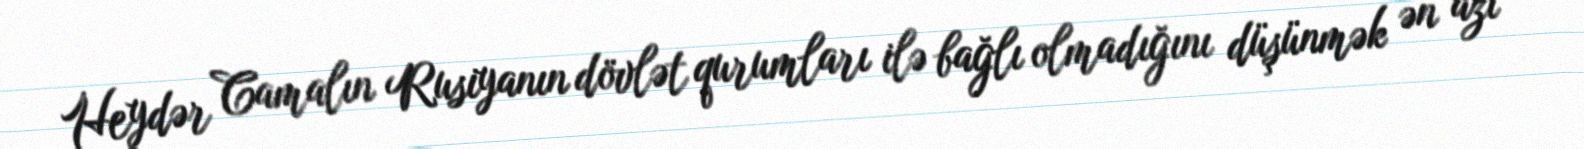
Heydər Camalın Rusiyanın dövlət qurumları ilə bağlı olmadığını düşünmək ən azı